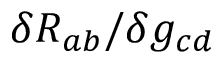
\delta R _ { a b } / \delta g _ { c d }